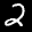
Label: 2